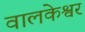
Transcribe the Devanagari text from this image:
वालकेश्वर